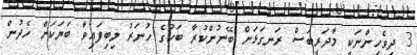
3 ދިވެހިންނަކީ މާދަރީބަސް ރަނގަޅަށް ބޭނުންކުރާ ބަހުގެ ހުނަރު ލިބިފައިވާ ބަޔަކަށް ހެދުން.